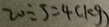
2 0 \div 5 = 4 ( k g )